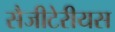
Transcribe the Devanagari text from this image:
सैजीटेरीयस